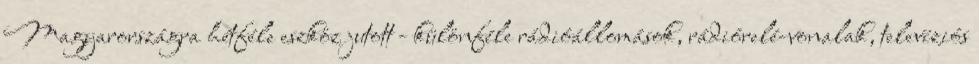
Magyarországra hétféle eszköz jutott - különféle rádióállomások, rádiórelé-vonalak, televíziós